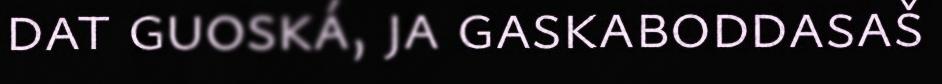
dat guoská, ja gaskaboddasaš